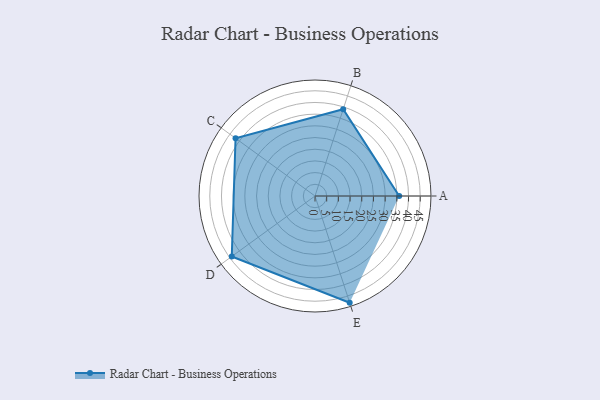
{"axis": {"x": "Skill", "y": "Score"}, "legend": ["Profile"], "data": [{"x": "A", "y": 36.0, "type": "Profile"}, {"x": "B", "y": 39.0, "type": "Profile"}, {"x": "C", "y": 42.0, "type": "Profile"}, {"x": "D", "y": 44.0, "type": "Profile"}, {"x": "E", "y": 48.0, "type": "Profile"}]}